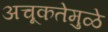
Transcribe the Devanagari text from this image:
अचूकतेमुळे